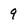
Character: 9